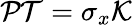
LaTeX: \mathcal{PT}=\sigma_{x}\mathcal{K}